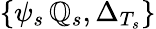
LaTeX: \{ \psi_{s}\, \mathbb{Q}_{s},\Delta_{T_{s}}\}